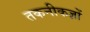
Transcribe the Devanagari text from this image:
तकनीकज्ञों